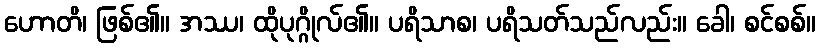
ဟောတိ၊ ဖြစ်၏။ အဿ၊ ထိုပုဂ္ဂိုလ်၏။ ပရိသာစ၊ ပရိသတ်သည်လည်း။ ခေါ၊ စင်စစ်။